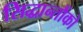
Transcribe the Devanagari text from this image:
सिद्धान्तौंको